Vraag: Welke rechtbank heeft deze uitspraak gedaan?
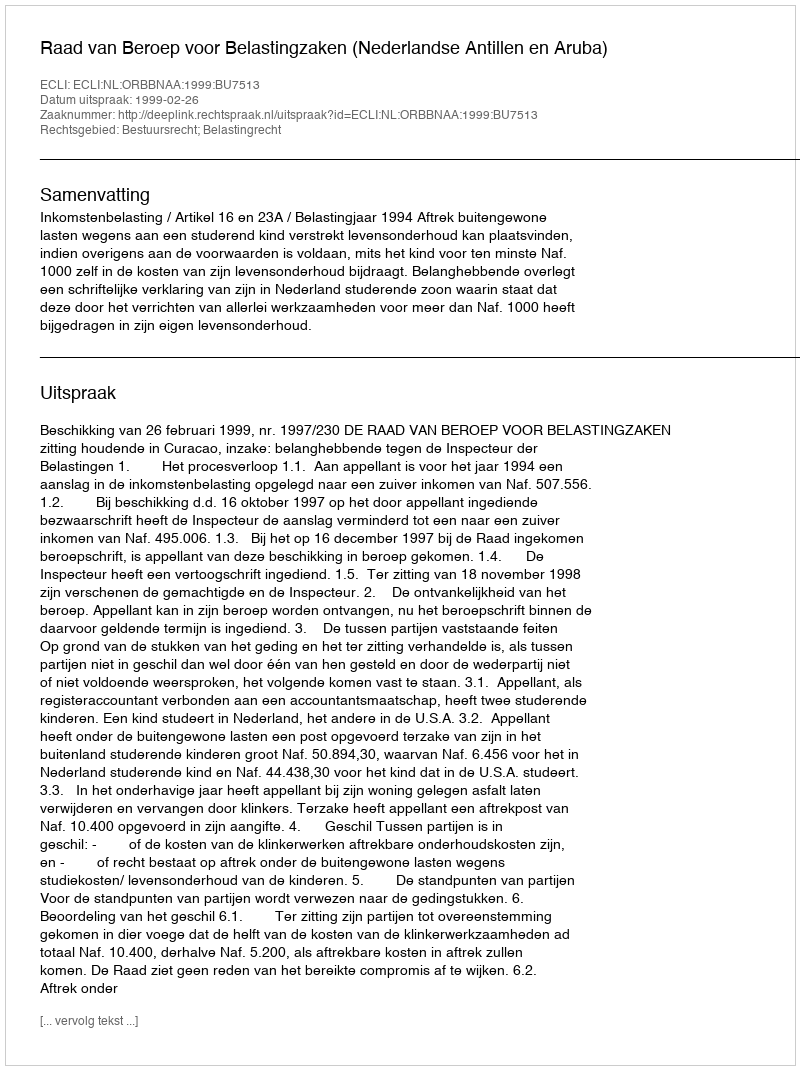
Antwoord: Raad van Beroep voor Belastingzaken (Nederlandse Antillen en Aruba)